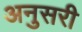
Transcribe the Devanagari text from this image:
अनुसरी